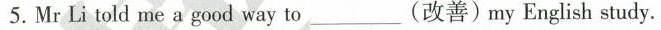
5.MrLi told me a good way to__(改善)my English study.